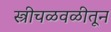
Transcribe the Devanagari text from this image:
स्त्रीचळवळीतून